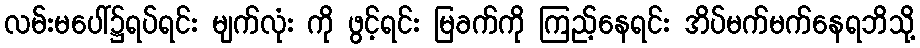
လမ်းမပေါ်၌ရပ်ရင်း မျက်လုံး ကို ဖွင့်ရင်း မြခက်ကို ကြည့်နေရင်း အိပ်မက်မက်နေရဘိသို့